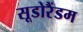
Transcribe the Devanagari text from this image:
सूडोरैंडम